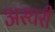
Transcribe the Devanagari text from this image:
अस्घरी